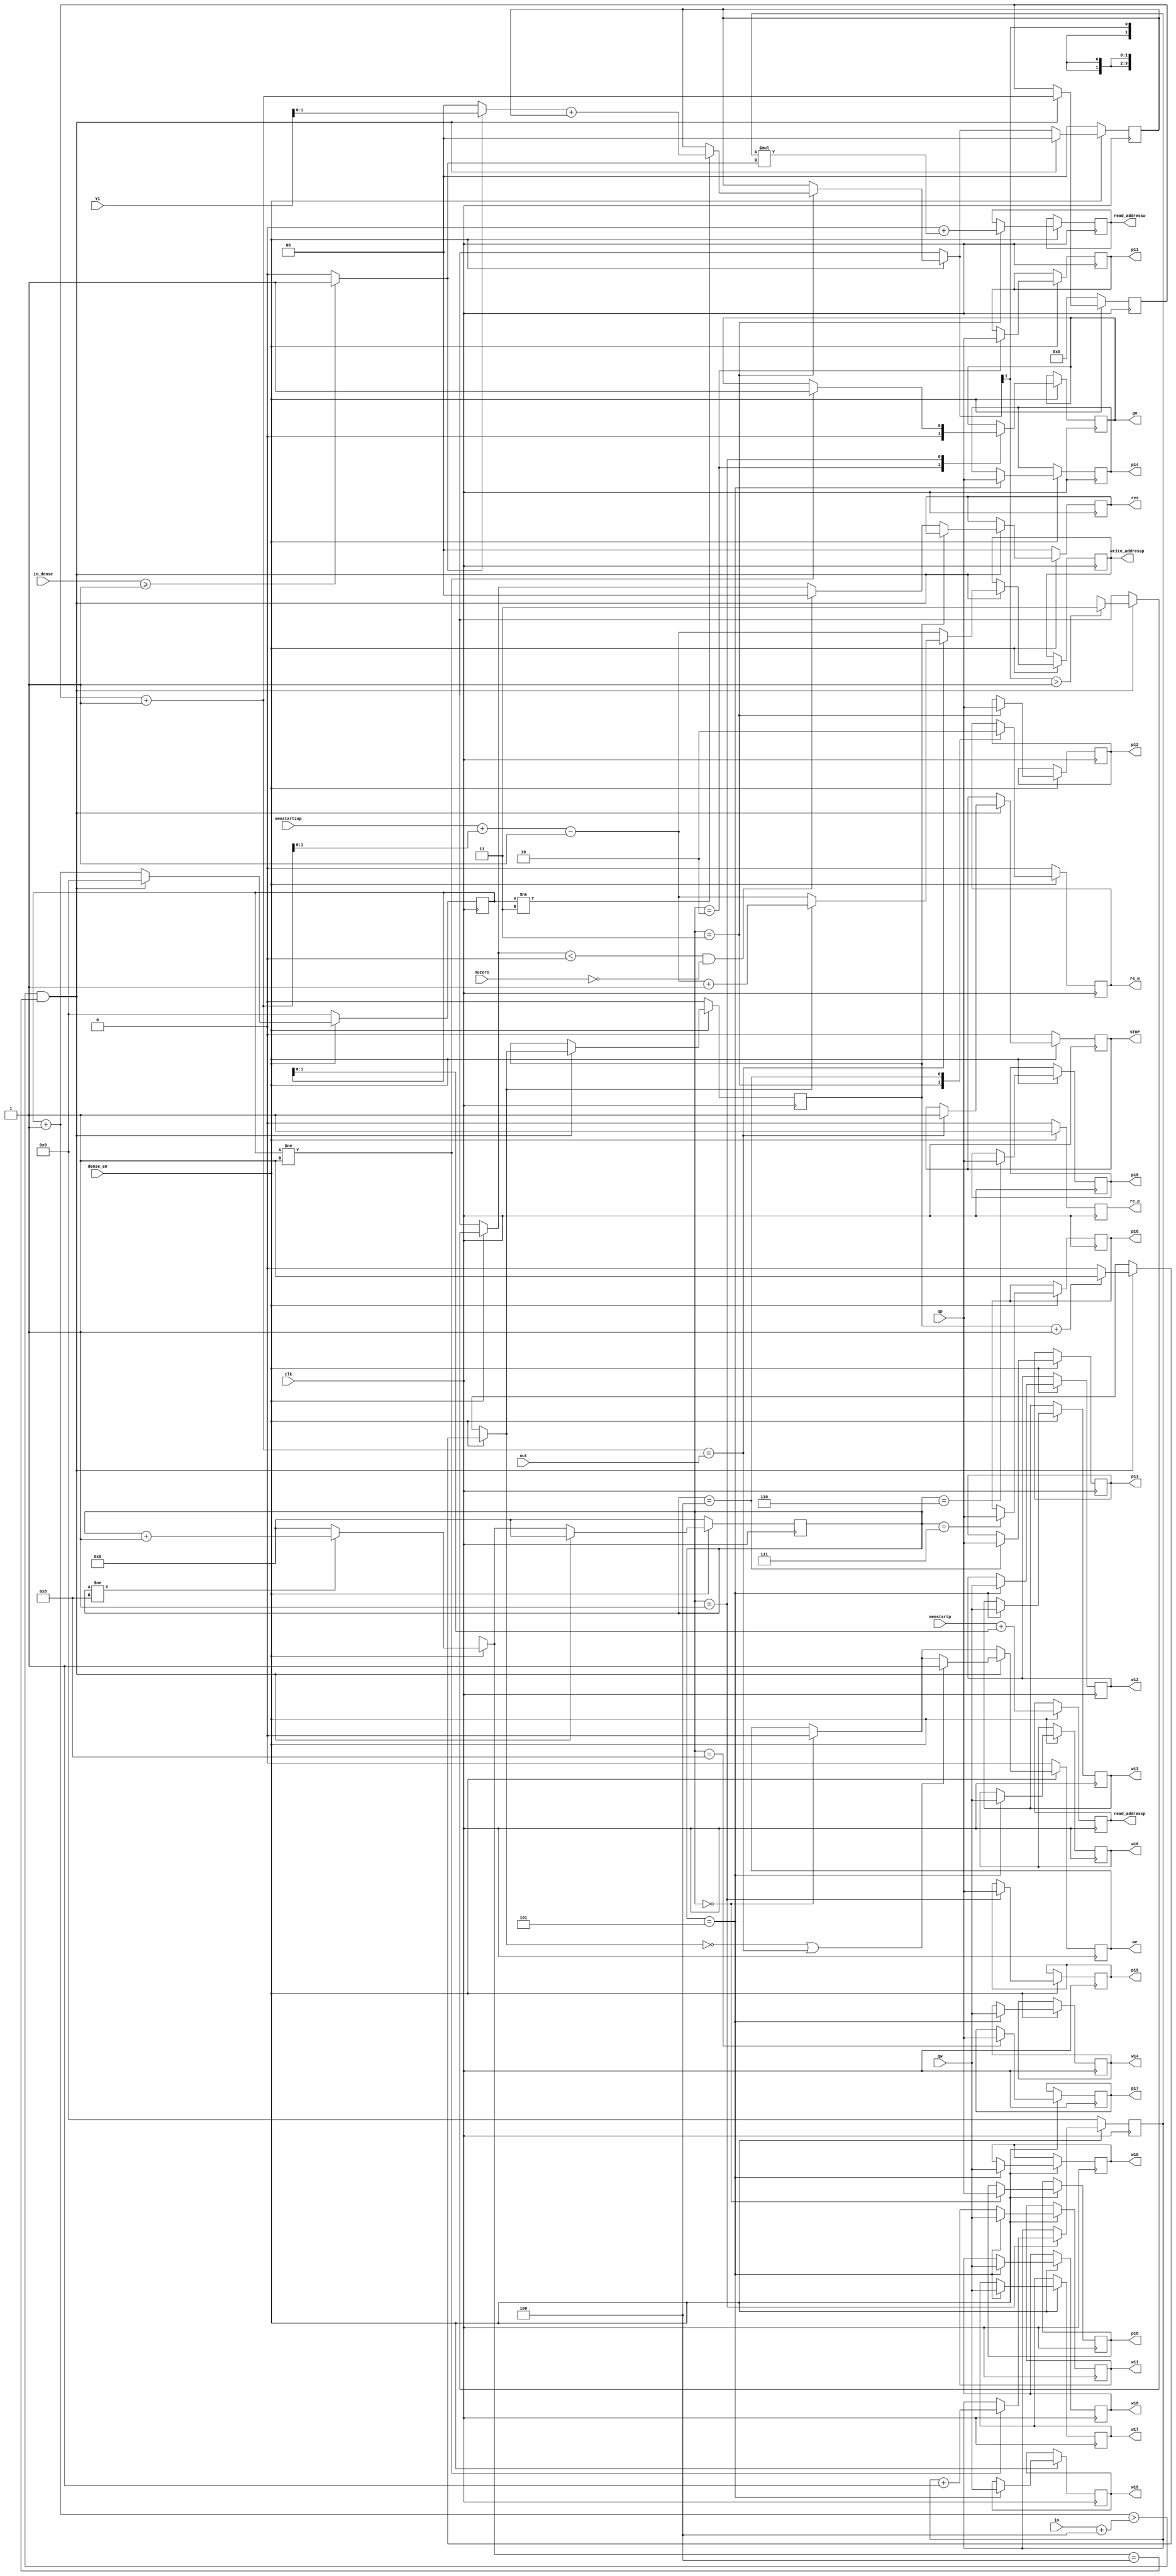
module dense(clk, dense_en, STOP, in, out, we, re_p, re_w, read_addressp, read_addressw, write_addressp, memstartp, memstartzap, qp, qw, res, Y1, w11, w12, w13, w14, w15, w16, w17, w18, w19, p11, p12, p13, p14, p15, p16, p17, p18, p19, go, nozero, in_dense);

parameter num_conv=0;
parameter SIZE_1=0;
parameter SIZE_2=0;
parameter SIZE_3=0;
parameter SIZE_4=0;
parameter SIZE_5=0;
parameter SIZE_6=0;
parameter SIZE_7=0;
parameter SIZE_8=0;
parameter SIZE_9=0;
parameter SIZE_address_pix=0;
parameter SIZE_address_wei=0;

input clk,dense_en;
output reg STOP;
input [4:0] in;
input [3:0] out;
output reg we,re_p,re_w;
output reg [SIZE_address_pix-1:0] read_addressp;
output reg [SIZE_address_wei-1:0] read_addressw;
output reg [SIZE_address_pix-1:0] write_addressp;
input [SIZE_address_pix-1:0] memstartp,memstartzap;
input signed [SIZE_1-1:0] qp;
input signed [SIZE_9-1:0] qw;
output reg signed [SIZE_1-1:0] res;
input signed [SIZE_1+SIZE_1-2:0] Y1;
output reg signed [SIZE_1-1:0] w11, w12, w13, w14, w15, w16, w17, w18, w19;
output reg signed [SIZE_1-1:0] p11, p12, p13, p14, p15, p16, p17, p18, p19;
output reg go;
input [4:0] in_dense;
input nozero;

reg [3:0] marker;
reg [6:0] lvl;
reg [8:0] i;
reg [8:0] j;
wire  Y1_use;
reg  sh;
reg signed [(SIZE_2)*1-1:0] dp;
reg signed [SIZE_1-1:0] dp_shift;
reg signed [SIZE_1-1+1:0]dp_check;

always @(posedge clk)
begin
    if (dense_en==1)
    begin
        re_p=1;
        case (marker)
            2:begin p11 = qp[SIZE_1 - 1:0]; go=0; end
            3:begin p12 = qp[SIZE_1 - 1:0]; re_w=1;  if (i!=3) dp= (Y1_use?Y1:0)+dp; read_addressw=0+j*( Y1_use); end
            4:begin p13 = qp[SIZE_1 - 1:0]; re_w=0; end
            5:begin p14 = qp[SIZE_1 - 1:0]; w11=qw[SIZE_9-1:SIZE_8]; w12=qw[SIZE_8-1:SIZE_7]; w13=qw[SIZE_7-1:SIZE_6]; w14=qw[SIZE_6-1:SIZE_5]; w15=qw[SIZE_5-1:SIZE_4]; w16=qw[SIZE_4-1:SIZE_3]; w17=qw[SIZE_3-1:SIZE_2]; w18=qw[SIZE_2-1:SIZE_1]; w19=qw[SIZE_1-1:0]; end
            6:begin p15 = qp[SIZE_1 - 1:0]; end
            7:begin p16 = qp[SIZE_1 - 1:0]; end
            8:begin p17 = qp[SIZE_1 - 1:0]; end
            0:begin p18 = qp[SIZE_1 - 1:0]; we=0; end
            1:begin p19 = qp[SIZE_1 - 1:0]; if (i!=1) begin go=1; j=j+1; end end
            default: $display("Check case dense");
        endcase

        read_addressp=memstartp+i;

        if (marker!=8) marker=marker+1; else marker=0;
        i=i+1;
        if ((i>(in>>(num_conv>>1))+4)&&(marker==4))
            begin
        	    write_addressp=memstartzap+((lvl+1)>>(num_conv>>1))-1;
                dp_check=dp[SIZE_1+SIZE_1-2+1:SIZE_1-1];
		        if (dp_check>2**(SIZE_1-1)-1)
                begin
                    $display("OVERFLOW in dense!");
                    dp_shift=2**(SIZE_1-1)-1;
                end
                else dp_shift=dp[SIZE_1+SIZE_1-2:SIZE_1-1];
                if ((dp_shift<0)&&(nozero==0)) dp_shift=0;
                if (sh==0) res=0;
                if (sh==0) res[SIZE_1-1:0]=dp_shift;
                lvl=lvl+1;
                i=0; 
                dp=0; 
                marker=0;
                sh=sh+1; if (sh==num_conv) sh=0; 
		        if ((sh==0)||(lvl==out)) we=1;
                if (lvl==out) begin STOP=1; if (sh!=0) write_addressp=write_addressp+1; end
    end
end
else
begin
    marker=0;
    i=0;
    j=0;
    sh=0;
    we=0;
    dp=0;
    res=0;
    re_p=0;
    re_w=0;
    STOP=0;
    lvl=0;
end
end
assign Y1_use=(in_dense>=9*0+1)?1'b1:1'b0;
endmodule